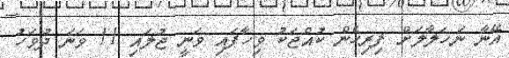
އޭނާ ނަހަލާލަށް ފިރިހެން ކުއްޖަކު ވިހާފައި ވަނީ ޖުލައި 11 ވަނަ ދުވަހު